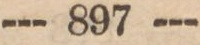
--- 897 ---